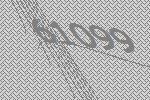
61099